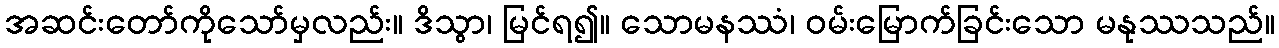
အဆင်းတော်ကိုသော်မှလည်း။ ဒိသွာ၊ မြင်ရ၍။ သောမနဿံ၊ ဝမ်းမြောက်ခြင်းသော မနုဿသည်။